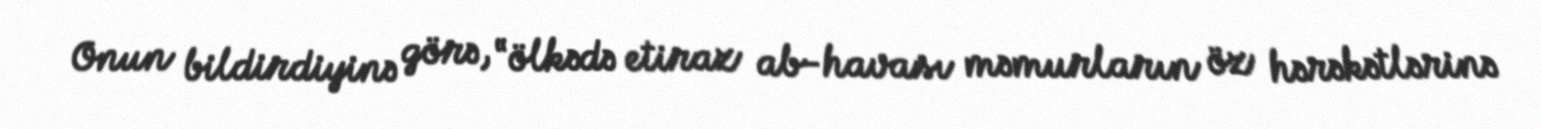
Onun bildirdiyinə görə, “ölkədə etiraz ab-havası məmurların öz hərəkətlərinə